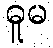
ဓူမ